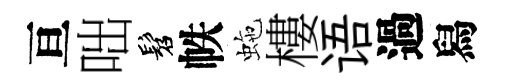
亘咄髫帙虵樓语過舄